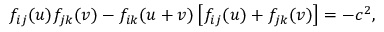
f _ { i j } ( u ) f _ { j k } ( v ) - f _ { i k } ( u + v ) \left[ f _ { i j } ( u ) + f _ { j k } ( v ) \right] = - c ^ { 2 } ,